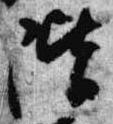
階